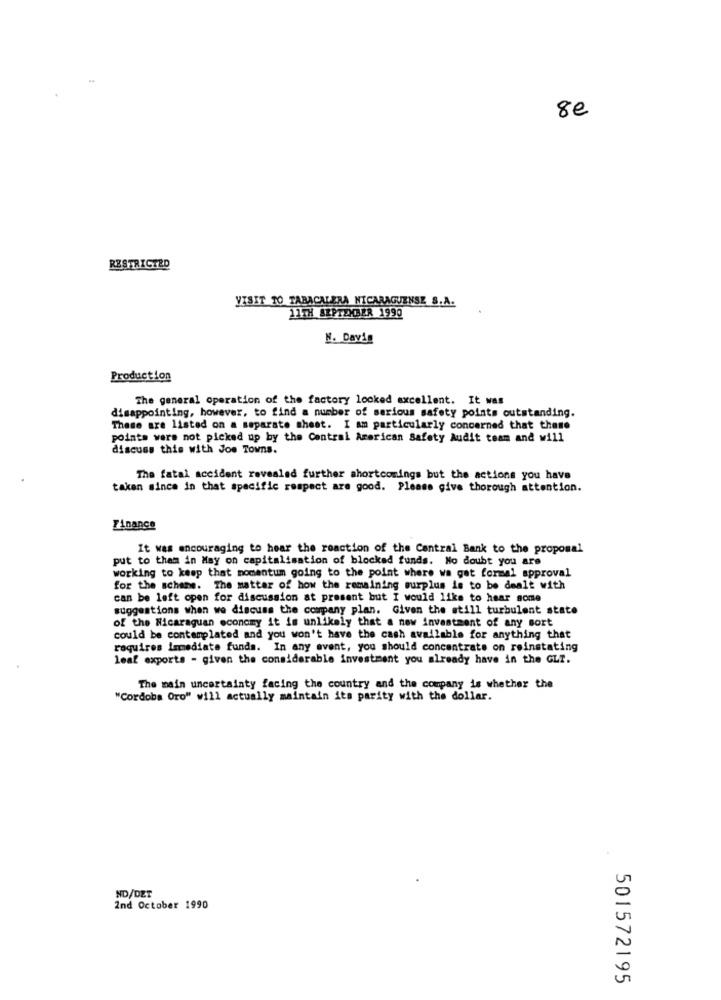
8€
RESTRICTED
VISIT 10 TABACALERA NICARAGUENSE S.A.
11TH BRPTEMBER 1990
N. Davis
Production
The general operation of the factory looked excellent. It was
disappointing, however, to find a number of serious safety points outstanding.
These are listed on a separate sheet. I am particularly concerned that these
points were not picked up by the Central American Safety Audit team and will
discuss this with Joe Towns.
The fatal accident revealed further shortcomings but the actions you have
taken since in that specific respect are good. Please give thorough attention.
Finance
It was encouraging to hear the reaction of the Central Bank to the proposal
put to them in May on capitalisation of blockad funds. No doubt you are
working to keep that momentum going to the point where we got formal approval
for the schans. The matter of how the remaining surplus is to be dealt with
can be left open for discussion at present but I would like to hear some
suggestions when we discuss the company plan. Given the still turbulent state
of the Nicaraguan economy it is unlikely that a new investment of any sort
could be contemplated and you won't have the cash available for anything that
raquires Immediate funds. In any event, you should concentrate on reinstating
leaf exports - given the considerable investment you already have in the GLT.
The main uncertainty facing the country and the company is whether the
"Cordoba Oro" will actually maintain its parity with the dollar.
ND/DET
2nd October 1990
501572195